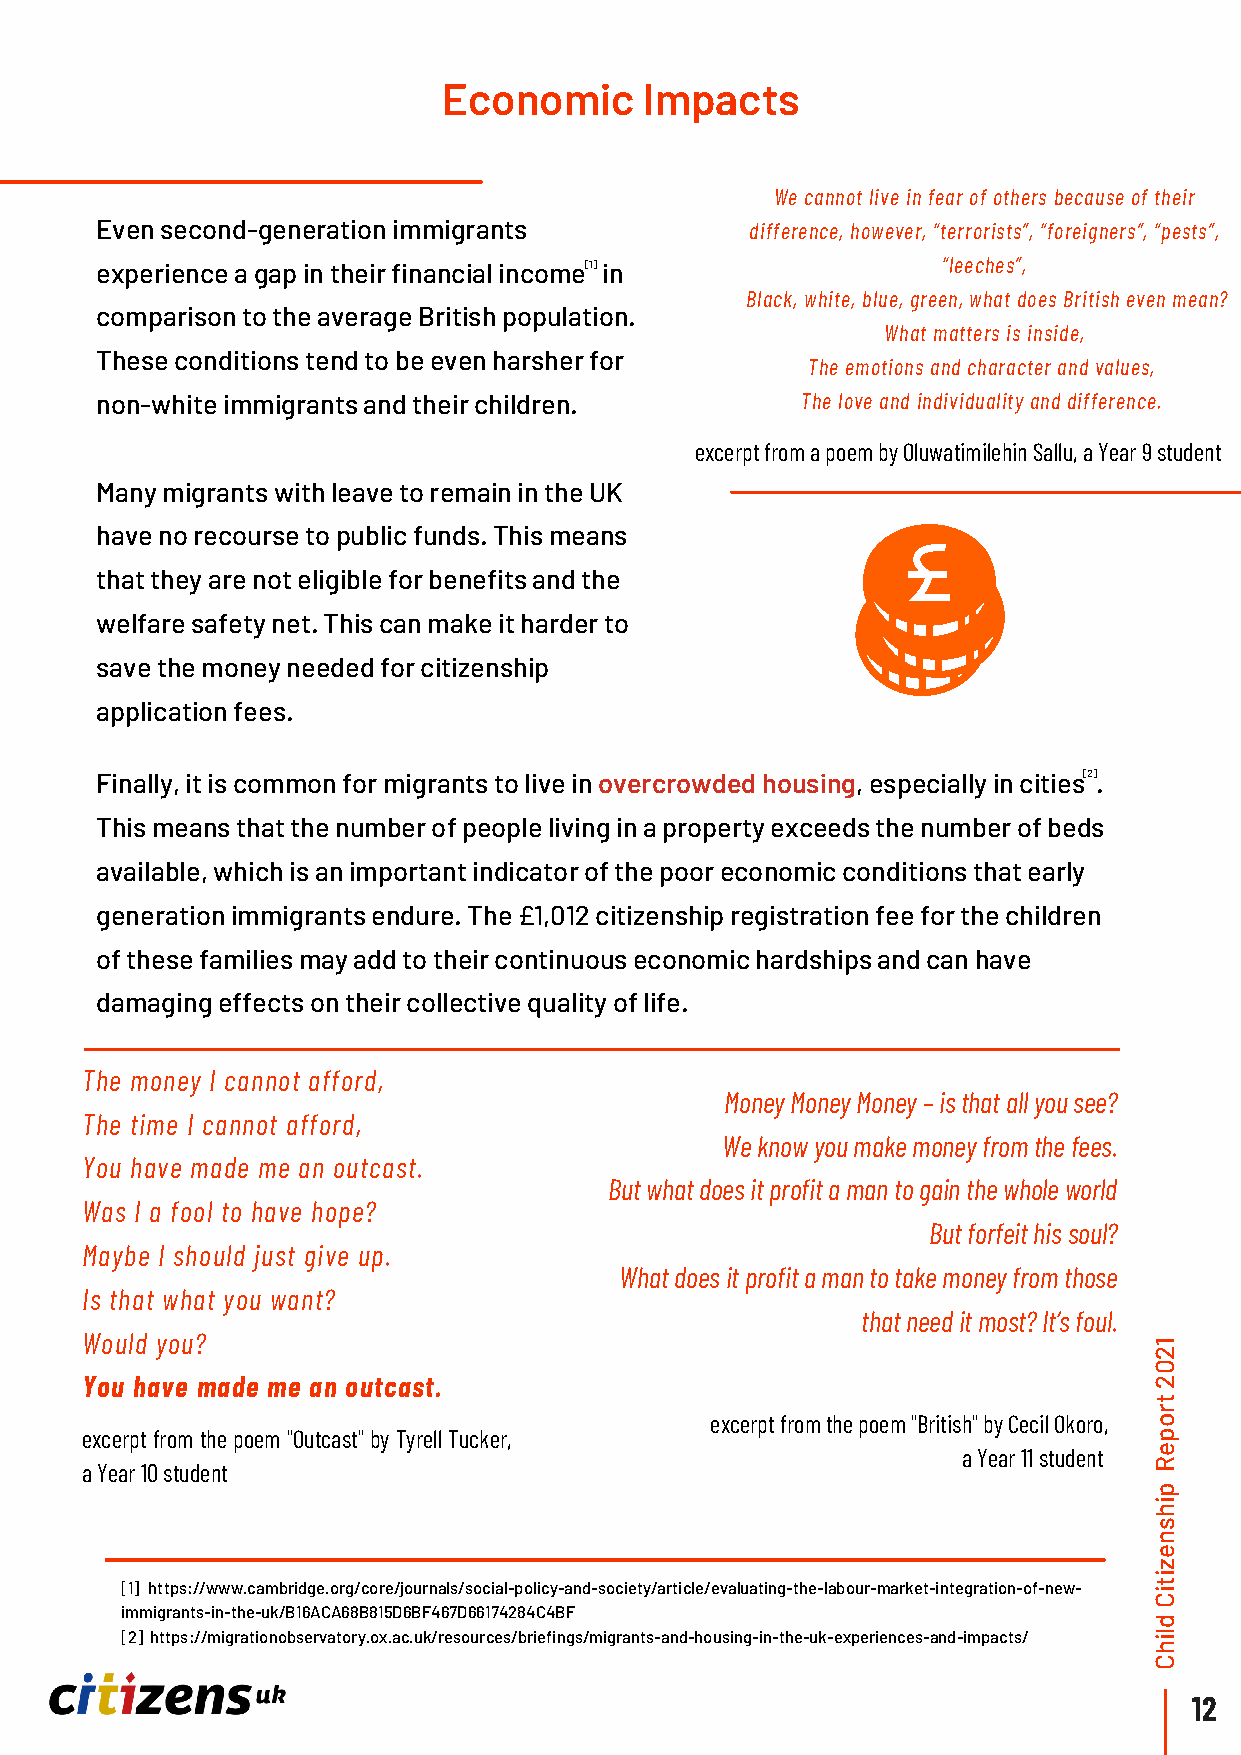
Economic      Impacts
 We cannot live in fear of others because of their
 Even second-generation immigrants           difference, however, “terrorists”, “foreigners”, “pests”,
 experience a gap in their financial income[ 1 ] in      “leeches”,
 Black, white, blue, green, what does British even mean?
 comparison to the average British population.
 What matters is inside,
 These conditions tend to be even harsher for
 The emotions and character and values,
 non-white immigrants and their children.       The love and individuality and difference.
 excerpt from a poem by Oluwatimilehin Sallu, a Year 9 student
 Many migrants with leave to remain in the UK
 have no recourse to public funds. This means
 that they are not eligible for benefits and the
 welfare safety net. This can make it harder to
 save the money needed for citizenship
 application fees.
 Finally, it is common for migrants to live in overcrowded housing, especially in cities[ 2 ].
 This means that the number of people living in a property exceeds the number of beds
 available, which is an important indicator of the poor economic conditions that early
 generation immigrants endure. The £1,012 citizenship registration fee for the children
 of these families may add to their continuous economic hardships and can have
 damaging effects on their collective quality of life.
 The money I cannot afford,
 Money Money Money – is that all you see?
 The time I cannot afford,
 We know you make money from the fees.
 You have made me an outcast.
 But what does it profit a man to gain the whole world
 Was I a fool to have hope?
 But forfeit his soul?
 Maybe I should just give up.
 What does it profit a man to take money from those
 Is that what you want?
 that need it most? It’s foul.
 Would you?
 1
 2
 0
 You have made me an outcast.                                           2
 t
 r
 excerpt from the poem "British" by Cecil Okoro, o
 excerpt from the poem "Outcast" by Tyrell Tucker,                      p
 a Year 11 student e
 R
 a Year 10 student
 p
 i
 h
 s
 n
 e
 z
 i
 [1] https://www.cambridge.org/core/journals/social-policy-and-society/article/evaluating-the-labour-market-integration-of-new- it
 C
 immigrants-in-the-uk/B16ACA68B815D6BF467D66174284C4BF
 d
 [2] https://migrationobservatory.ox.ac.uk/resources/briefings/migrants-and-housing-in-the-uk-experiences-and-impacts/ il
 h
 C
 12